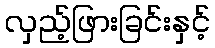
လှည့်ဖြားခြင်းနှင့်